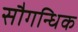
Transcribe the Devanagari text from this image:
सौगन्धिक